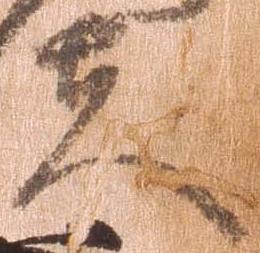
夫